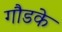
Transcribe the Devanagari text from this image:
गौडके